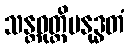
သန္တဝုတ္တိမနုဒ္ဓတံ